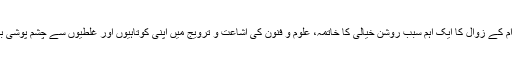
مسلم اقوام کے زوال کا ایک اہم سبب روشن خیالی کا خاتمہ، علوم و فنون کی اشاعت و ترویج میں اپنی کوتاہیوں اور غلطیوں سے چشم پوشی بھی ہے۔